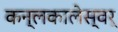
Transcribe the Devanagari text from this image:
कन्लकालेस्वर्